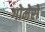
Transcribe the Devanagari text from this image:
गोमेरो